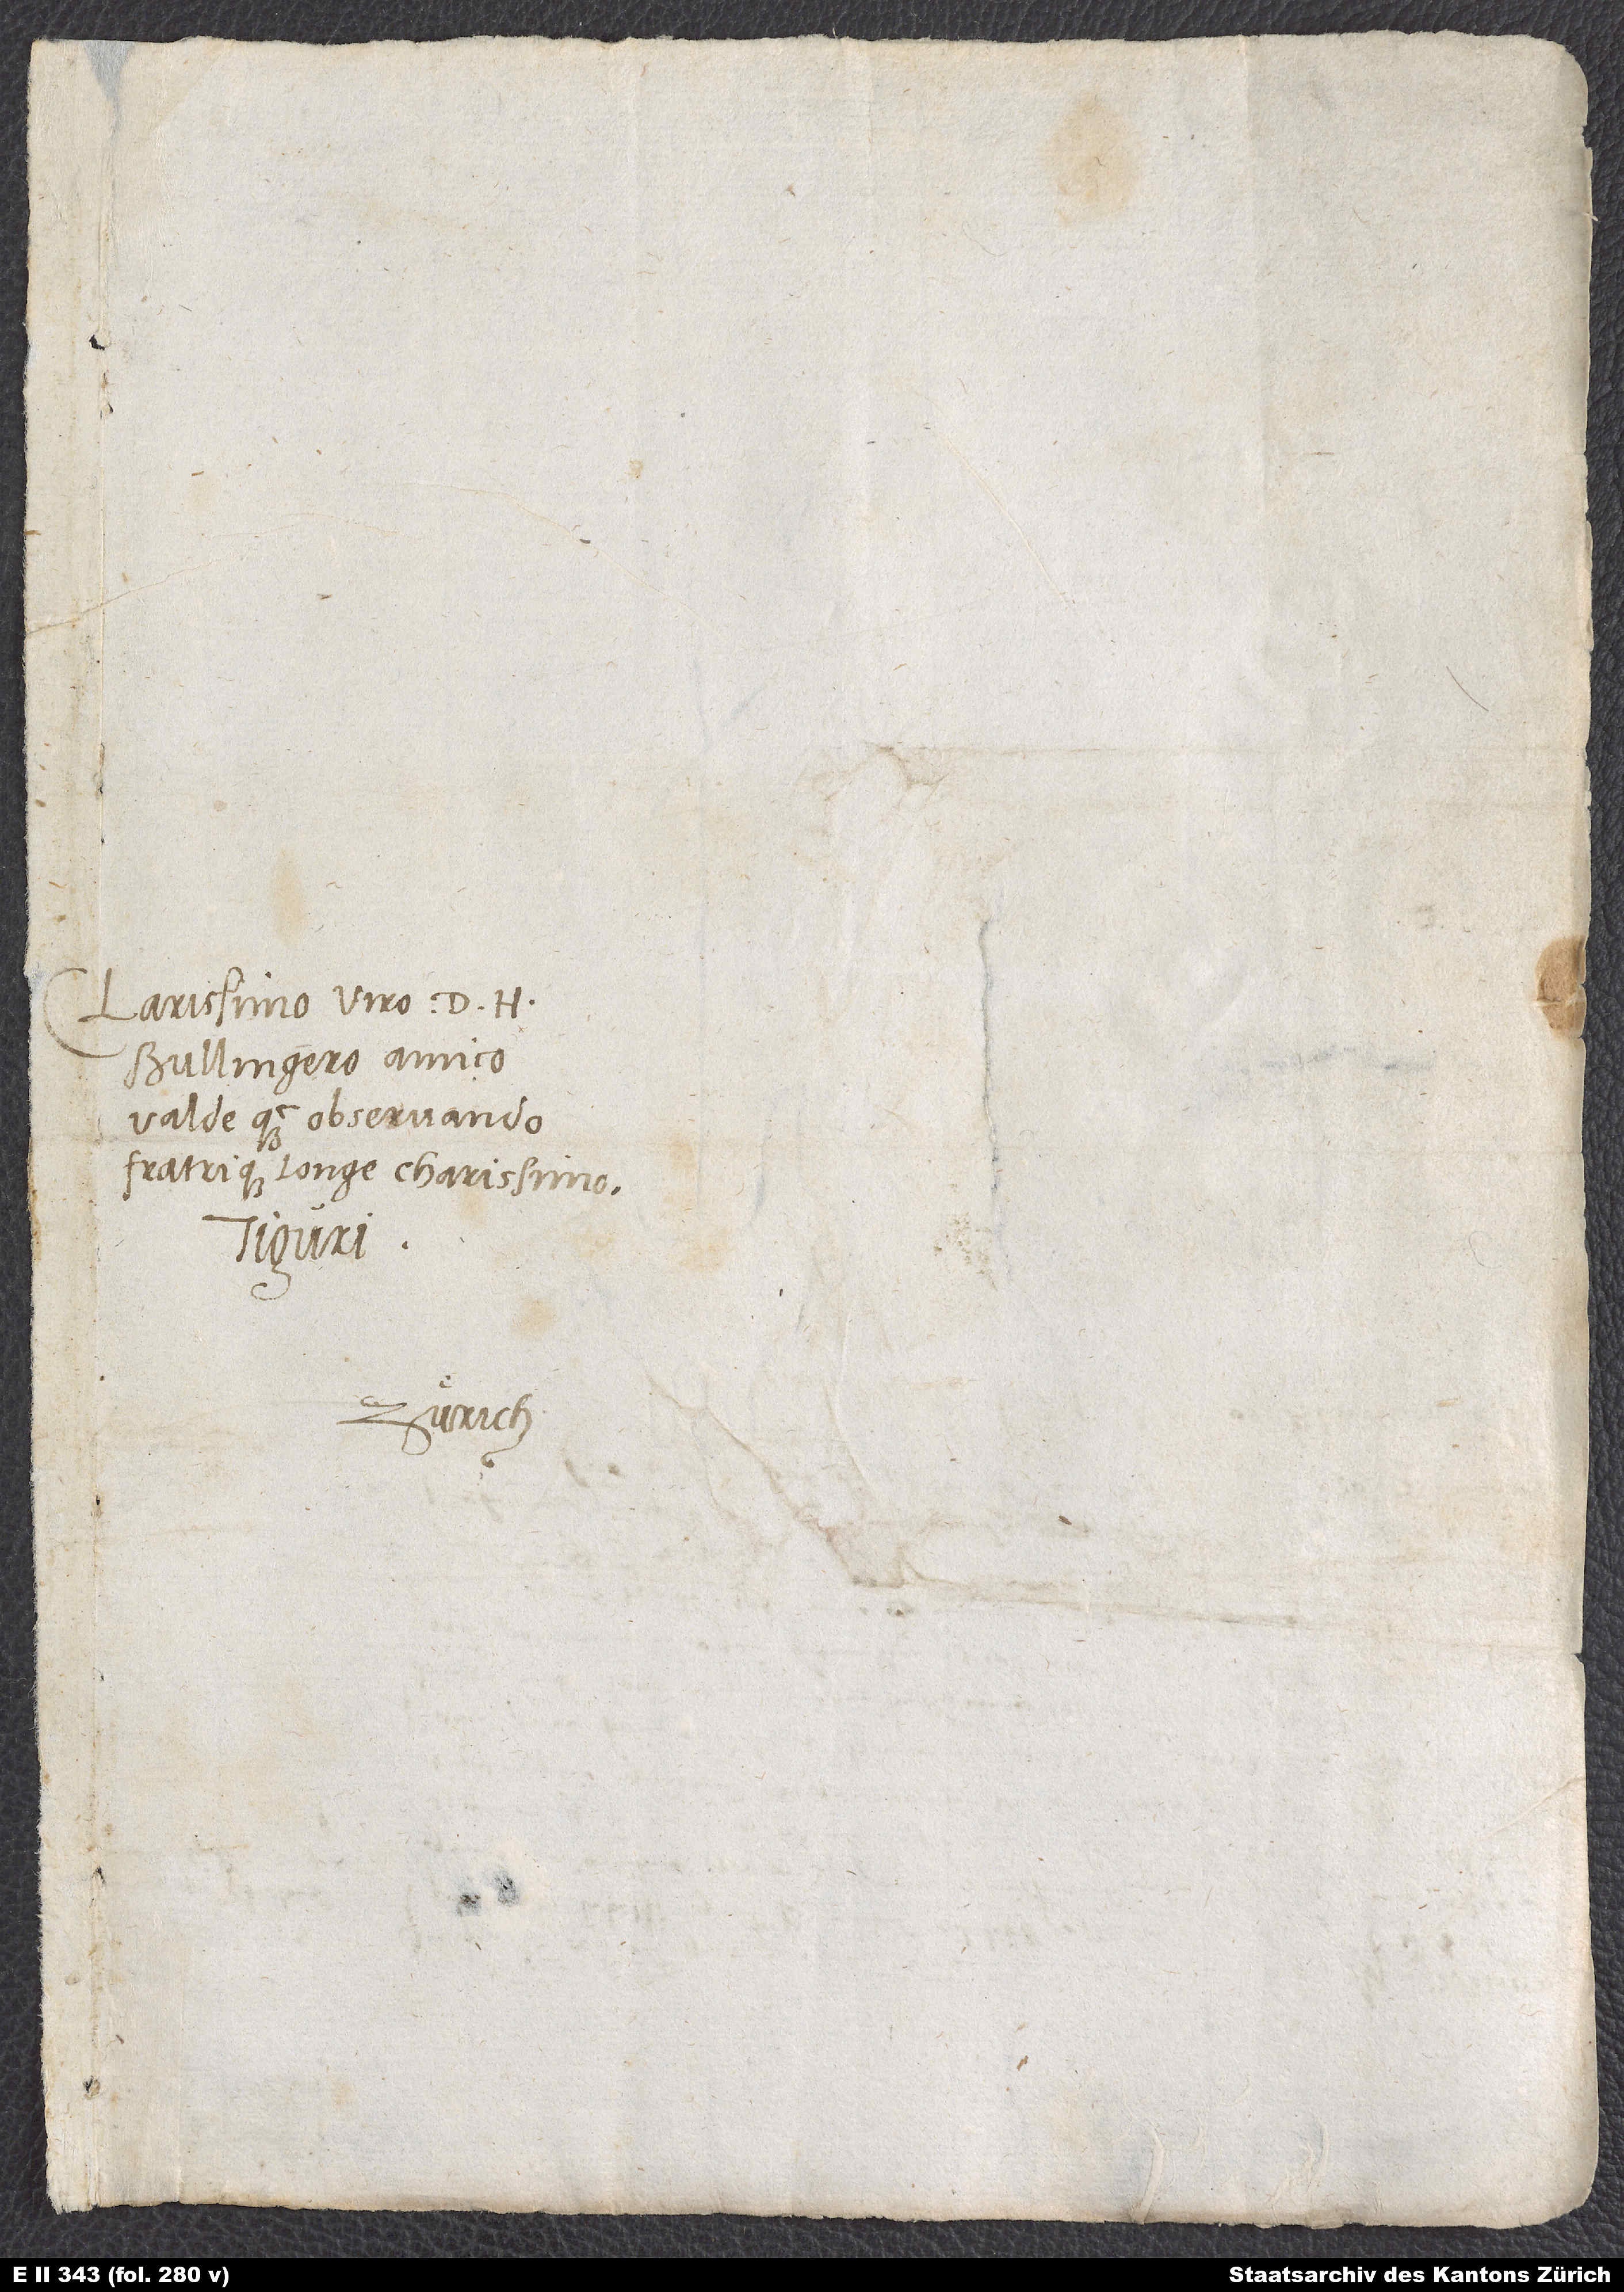
Clarissimo viro d. H.
Bullingero, amice
valde quam observande
fratrique longe charissimo.
Tiguri.
Zürich.